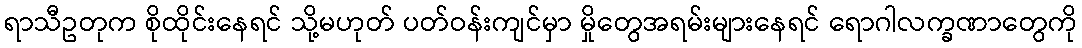
ရာသီဥတုက စိုထိုင်းနေရင် သို့မဟုတ် ပတ်ဝန်းကျင်မှာ မှိုတွေအရမ်းများနေရင် ရောဂါလက္ခဏာတွေကို